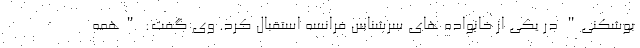
بوشکنی" در یکی از خانواده های سرشناس فرانسه استقبال کرد. وی گفت: "همه